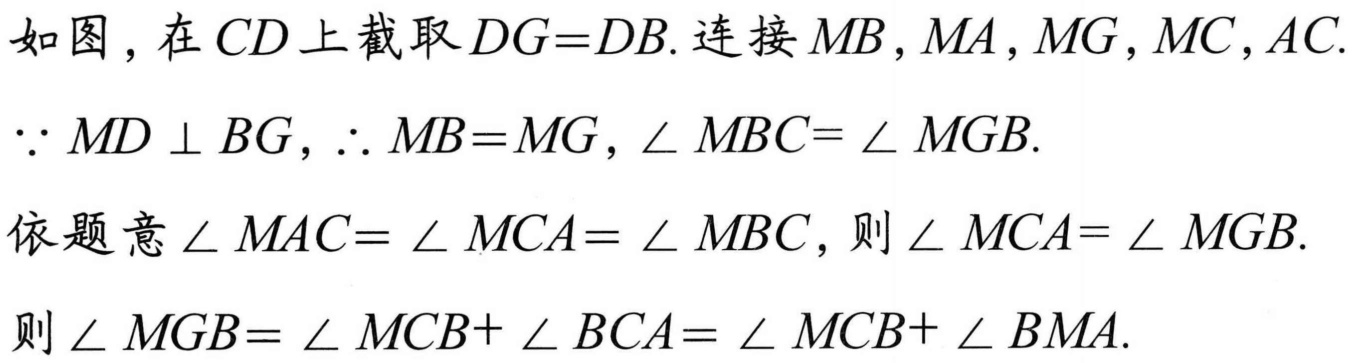
如图，在\(CD\)上截取\(DG = DB\). 连接\(MB,MA,MG,MC,AC\).
\(\because MD\perp BG\)，\(\therefore MB = MG\)，\(\angle MBC = \angle MGB\).
依题意\(\angle MAC = \angle MCA = \angle MBC\)，则\(\angle MCA = \angle MGB\).
则\(\angle MGB = \angle MCB + \angle BCA = \angle MCB + \angle BMA\).